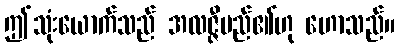
ဤသုံးယောက်သည် အလဇ္ဇီမည်၏ဟု ဟောသည်။